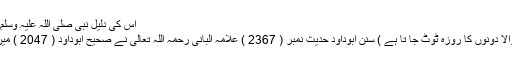
اس کی دلیل نبی صلی اللہ علیہ وسلم کا مندرجہ ذيل فرمان ہے :
( سنگی لگانے اورلگوانے والا دونوں کا روزہ ٹوٹ جا تا ہے ) سنن ابوداود حدیث نمبر ( 2367 ) علامہ البانی رحمہ اللہ تعالی نے صحیح ابوداود ( 2047 ) میں اسے صحیح قرار دیا ہے ۔